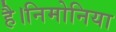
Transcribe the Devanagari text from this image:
है।निमोनिया